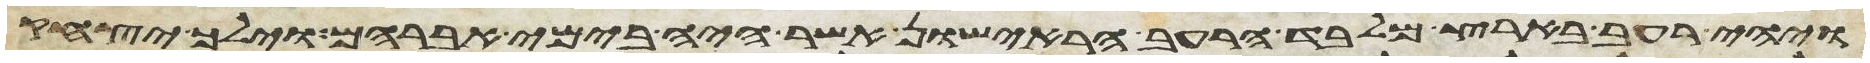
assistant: ויהי רעב בארץ מלבד הרעב הראישון אשר היה בימי אברהם וילך יצחק